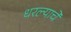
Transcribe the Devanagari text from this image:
धरल्याचे